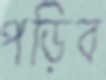
পড়িব